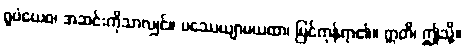
ရူပံယေဝ၊ အဆင်းကိုသာလျှင်။ ပဿေယျာမယထာ၊ မြင်ကုန်ရာ၏။ ဣတိ၊ ဤသို့။